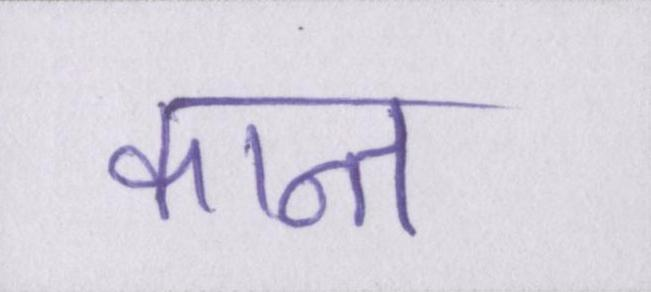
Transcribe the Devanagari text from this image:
कान्त